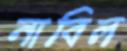
নাবিল